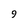
Character: 9